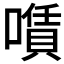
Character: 𠿹